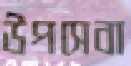
উপসেবা